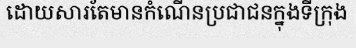
ដោយសារតែមានកំណើនប្រជាជនក្នុងទីក្រុង